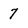
Character: 7